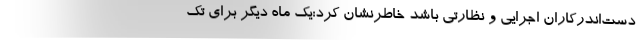
دست‌اندرکاران اجرایی و نظارتی باشد خاطرنشان کرد:یک ماه دیگر برای تک